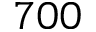
7 0 0